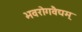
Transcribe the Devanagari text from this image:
भवरोगवैद्यम्